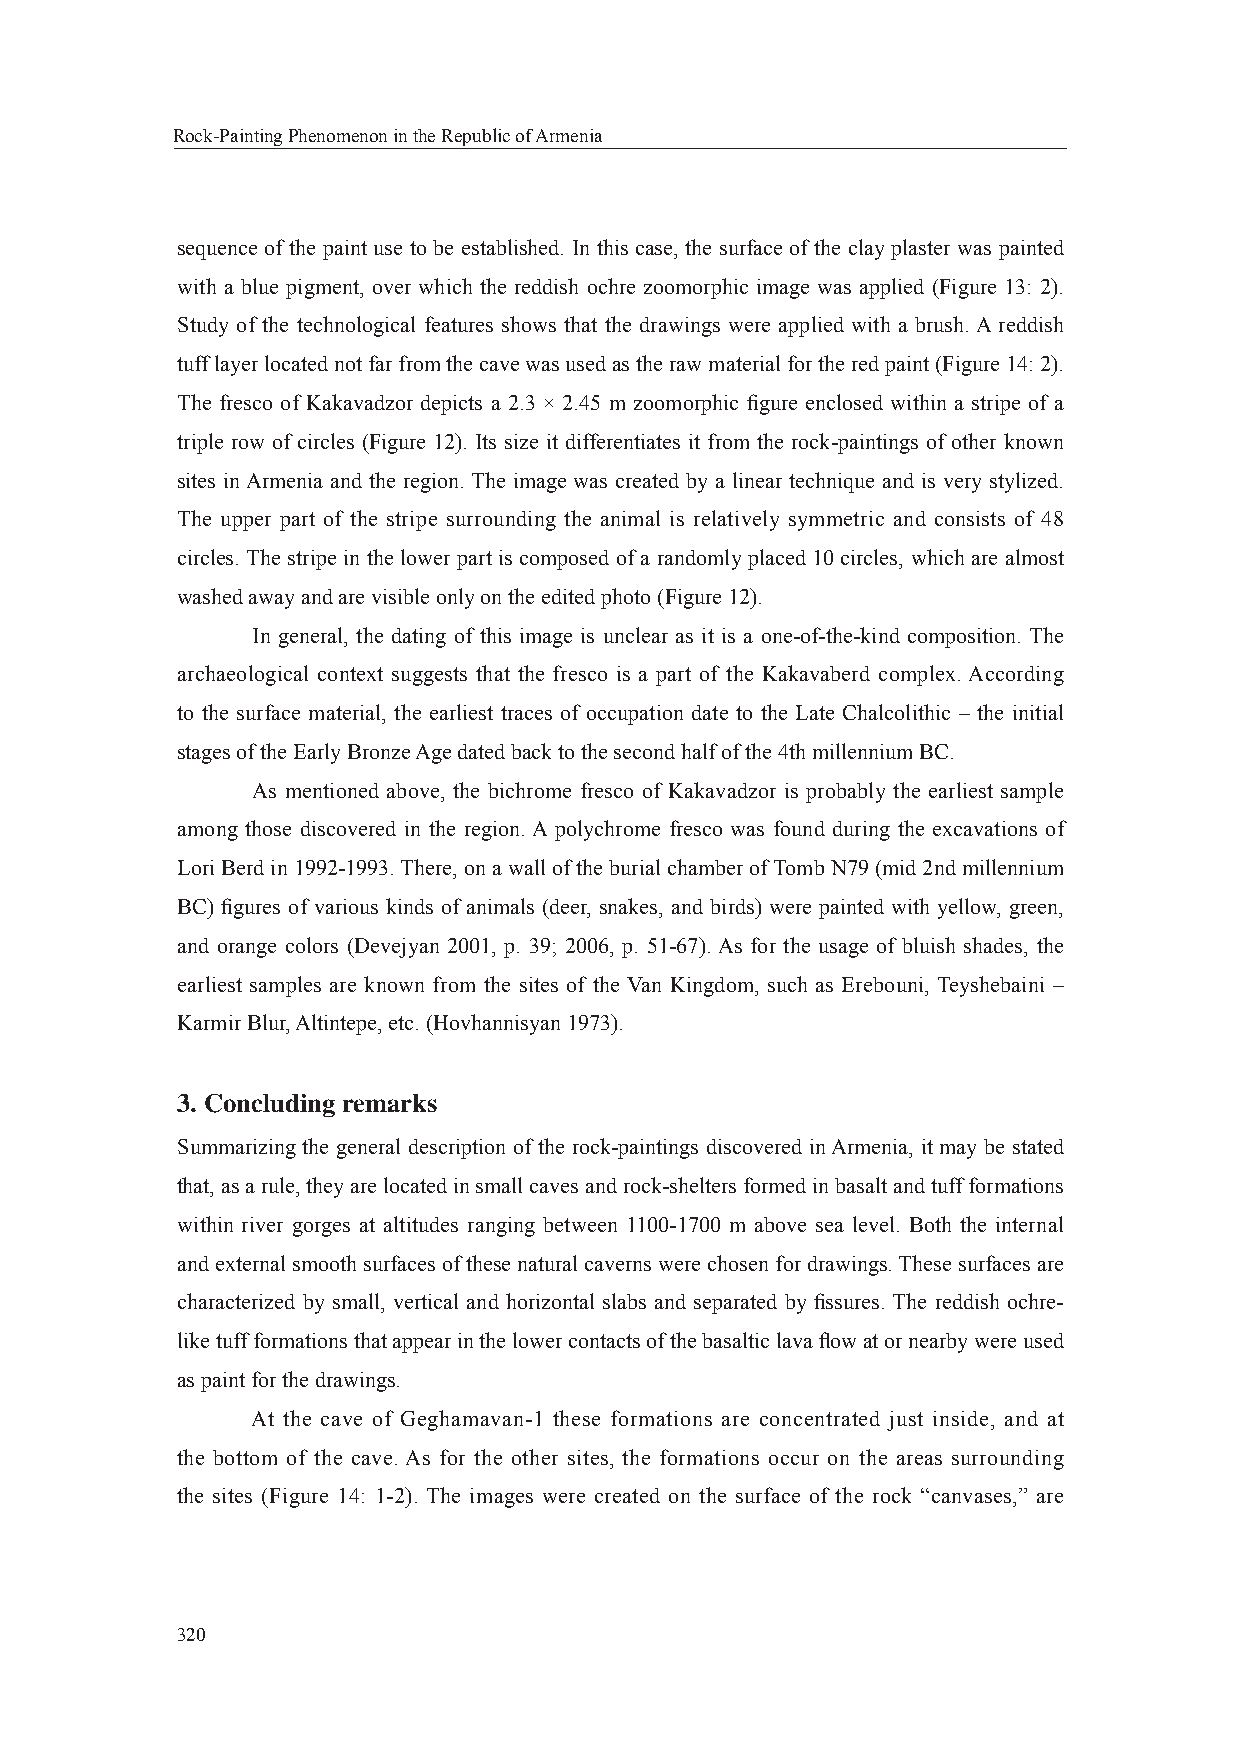
Rock-Painting Phenomenon in the Republic of Armenia
 sequence of the paint use to be established. In this case, the surface of the clay plaster was painted
 with a blue pigment, over which the reddish ochre zoomorphic image was applied (Figure 13: 2).
 Study of the technological features shows that the drawings were applied with a brush. A reddish
 tuff layer located not far from the cave was used as the raw material for the red paint (Figure 14: 2).
 The fresco of Kakavadzor depicts a 2.3 × 2.45 m zoomorphic fi gure enclosed within a stripe of a
 triple row of circles (Figure 12). Its size it differentiates it from the rock-paintings of other known
 sites in Armenia and the region. The image was created by a linear technique and is very stylized.
 The upper part of the stripe surrounding the animal is relatively symmetric and consists of 48
 circles. The stripe in the lower part is composed of a randomly placed 10 circles, which are almost
 washed away and are visible only on the edited photo (Figure 12).
 In general, the dating of this image is unclear as it is a one-of-the-kind composition. The
 archaeological context suggests that the fresco is a part of the Kakavaberd complex. According
 to the surface material, the earliest traces of occupation date to the Late Chalcolithic – the initial
 stages of the Early Bronze Age dated back to the second half of the 4th millennium BC.
 As mentioned above, the bichrome fresco of Kakavadzor is probably the earliest sample
 among those discovered in the region. A polychrome fresco was found during the excavations of
 Lori Berd in 1992-1993. There, on a wall of the burial chamber of Tomb N79 (mid 2nd millennium
 BC) fi gures of various kinds of animals (deer, snakes, and birds) were painted with yellow, green,
 and orange colors (Devejyan 2001, p. 39; 2006, p. 51-67). As for the usage of bluish shades, the
 earliest samples are known from the sites of the Van Kingdom, such as Erebouni, Teyshebaini –
 Karmir Blur, Altintepe, etc. (Hovhannisyan 1973).
 3. Concluding remarks
 Summarizing the general description of the rock-paintings discovered in Armenia, it may be stated
 that, as a rule, they are located in small caves and rock-shelters formed in basalt and tuff formations
 within river gorges at altitudes ranging between 1100-1700 m above sea level. Both the internal
 and external smooth surfaces of these natural caverns were chosen for drawings. These surfaces are
 characterized by small, vertical and horizontal slabs and separated by fi ssures. The reddish ochre-
 like tuff formations that appear in the lower contacts of the basaltic lava fl ow at or nearby were used
 as paint for the drawings.
 At the cave of Geghamavan-1 these formations are concentrated just inside, and at
 the bottom of the cave. As for the other sites, the formations occur on the areas surrounding
 the sites (Figure 14: 1-2). The images were created on the surface of the rock “canvases,” are
 320